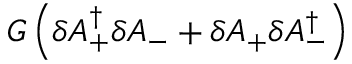
{ \cal G } \left( \delta A _ { + } ^ { \dag } \delta A _ { - } + \delta A _ { + } \delta A _ { - } ^ { \dag } \right)